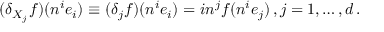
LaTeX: ( \delta _ { X _ { j } } f ) ( n ^ { i } e _ { i } ) \equiv ( \delta _ { j } f ) ( n ^ { i } e _ { i } ) = i n ^ { j } f ( n ^ { i } e _ { j } ) \, , j = 1 , \dots , d \, .